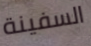
السفينة